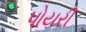
પોયરી